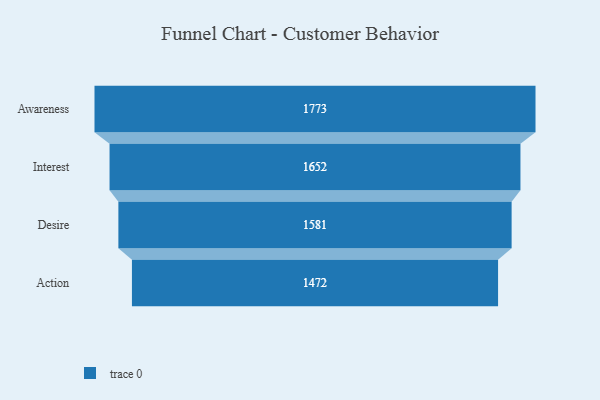
{"axis": {"x": "Stage", "y": "Value"}, "legend": [""], "data": [{"x": "Awareness", "y": 1773.0, "type": ""}, {"x": "Interest", "y": 1652.0, "type": ""}, {"x": "Desire", "y": 1581.0, "type": ""}, {"x": "Action", "y": 1472.0, "type": ""}]}